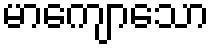
မာကျောသော